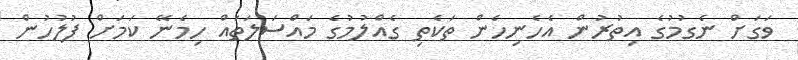
ވަގަށް ނެގުމުގެ އިތުރުން އެހެނިހެން ތަކެތި ގެއްލުމުގެ މައްސަލަތައް ހިމެނޭ ކަމަށް ފުލުހުން